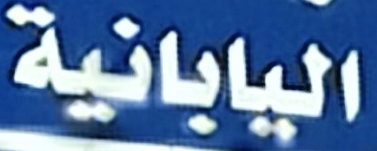
اليابانية